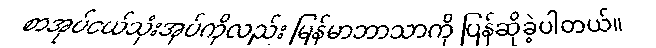
စာအုပ်ငယ်သုံးအုပ်ကိုလည်း မြန်မာဘာသာကို ပြန်ဆိုခဲ့ပါတယ်။